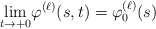
\begin{align*}\underset{t\rightarrow +0}\lim\varphi^{(\ell)} (s,t)=\varphi_0^{(\ell)} (s)\end{align*}